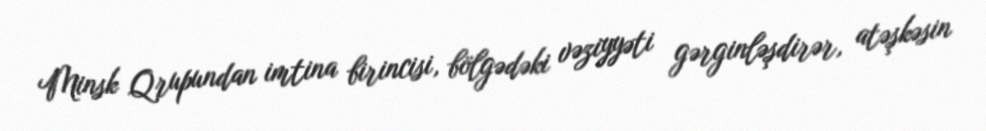
Minsk Qrupundan imtina birincisi, bölgədəki vəziyyəti gərginləşdirər, atəşkəsin